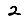
Digit: 2